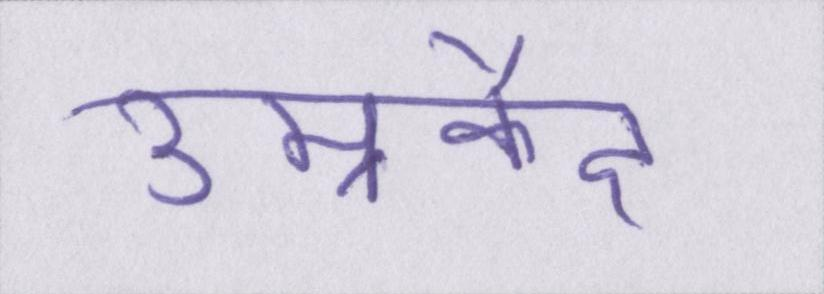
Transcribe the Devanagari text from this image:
उम्रकैद